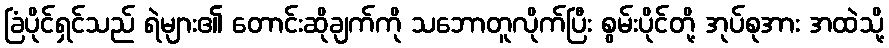
ခြံပိုင်ရှင်သည် ရဲများ၏ တောင်းဆိုချက်ကို သဘောတူလိုက်ပြီး စွမ်းပိုင်တို့ အုပ်စုအား အထဲသို့